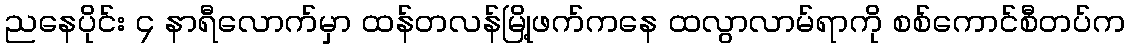
ညနေပိုင်း ၄ နာရီလောက်မှာ ထန်တလန်မြို့ဖက်ကနေ ထလွာလာမ်ရာကို စစ်ကောင်စီတပ်က